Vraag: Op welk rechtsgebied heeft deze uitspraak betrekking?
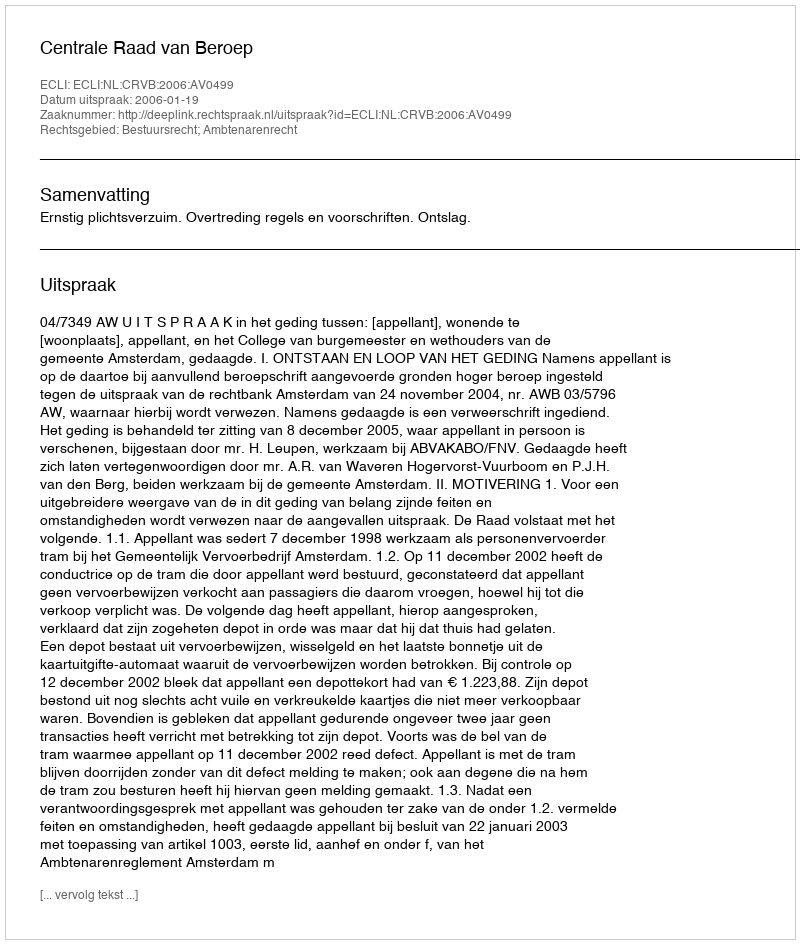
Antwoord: Bestuursrecht; Ambtenarenrecht